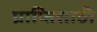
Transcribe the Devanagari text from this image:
प्राप्तिसाठी